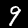
Digit: 9